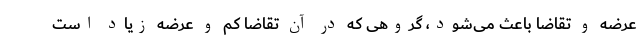
عرضه و تقاضا باعث می‌شود، گروهی که در آن تقاضا کم و عرضه زیاد است